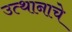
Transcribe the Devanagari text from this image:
उत्थानाचे